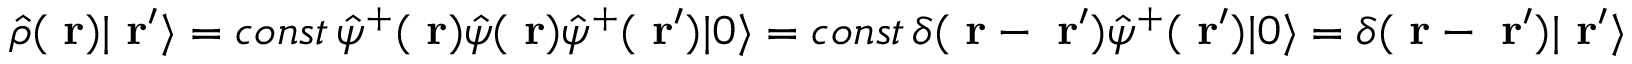
\hat { \rho } ( \mathrm { \bf ~ r } ) | \mathrm { \bf ~ r } ^ { \prime } \rangle = c o n s t \, \hat { \psi } ^ { + } ( \mathrm { \bf ~ r } ) \hat { \psi } ( \mathrm { \bf ~ r } ) \hat { \psi } ^ { + } ( \mathrm { \bf ~ r } ^ { \prime } ) | 0 \rangle = c o n s t \, \delta ( \mathrm { \bf ~ r } - \mathrm { \bf ~ r } ^ { \prime } ) \hat { \psi } ^ { + } ( \mathrm { \bf ~ r } ^ { \prime } ) | 0 \rangle = \delta ( \mathrm { \bf ~ r } - \mathrm { \bf ~ r } ^ { \prime } ) | \mathrm { \bf ~ r } ^ { \prime } \rangle